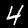
Digit: 4